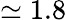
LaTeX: \simeq 1.8